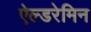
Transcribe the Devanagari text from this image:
ऐल्डरेमिन